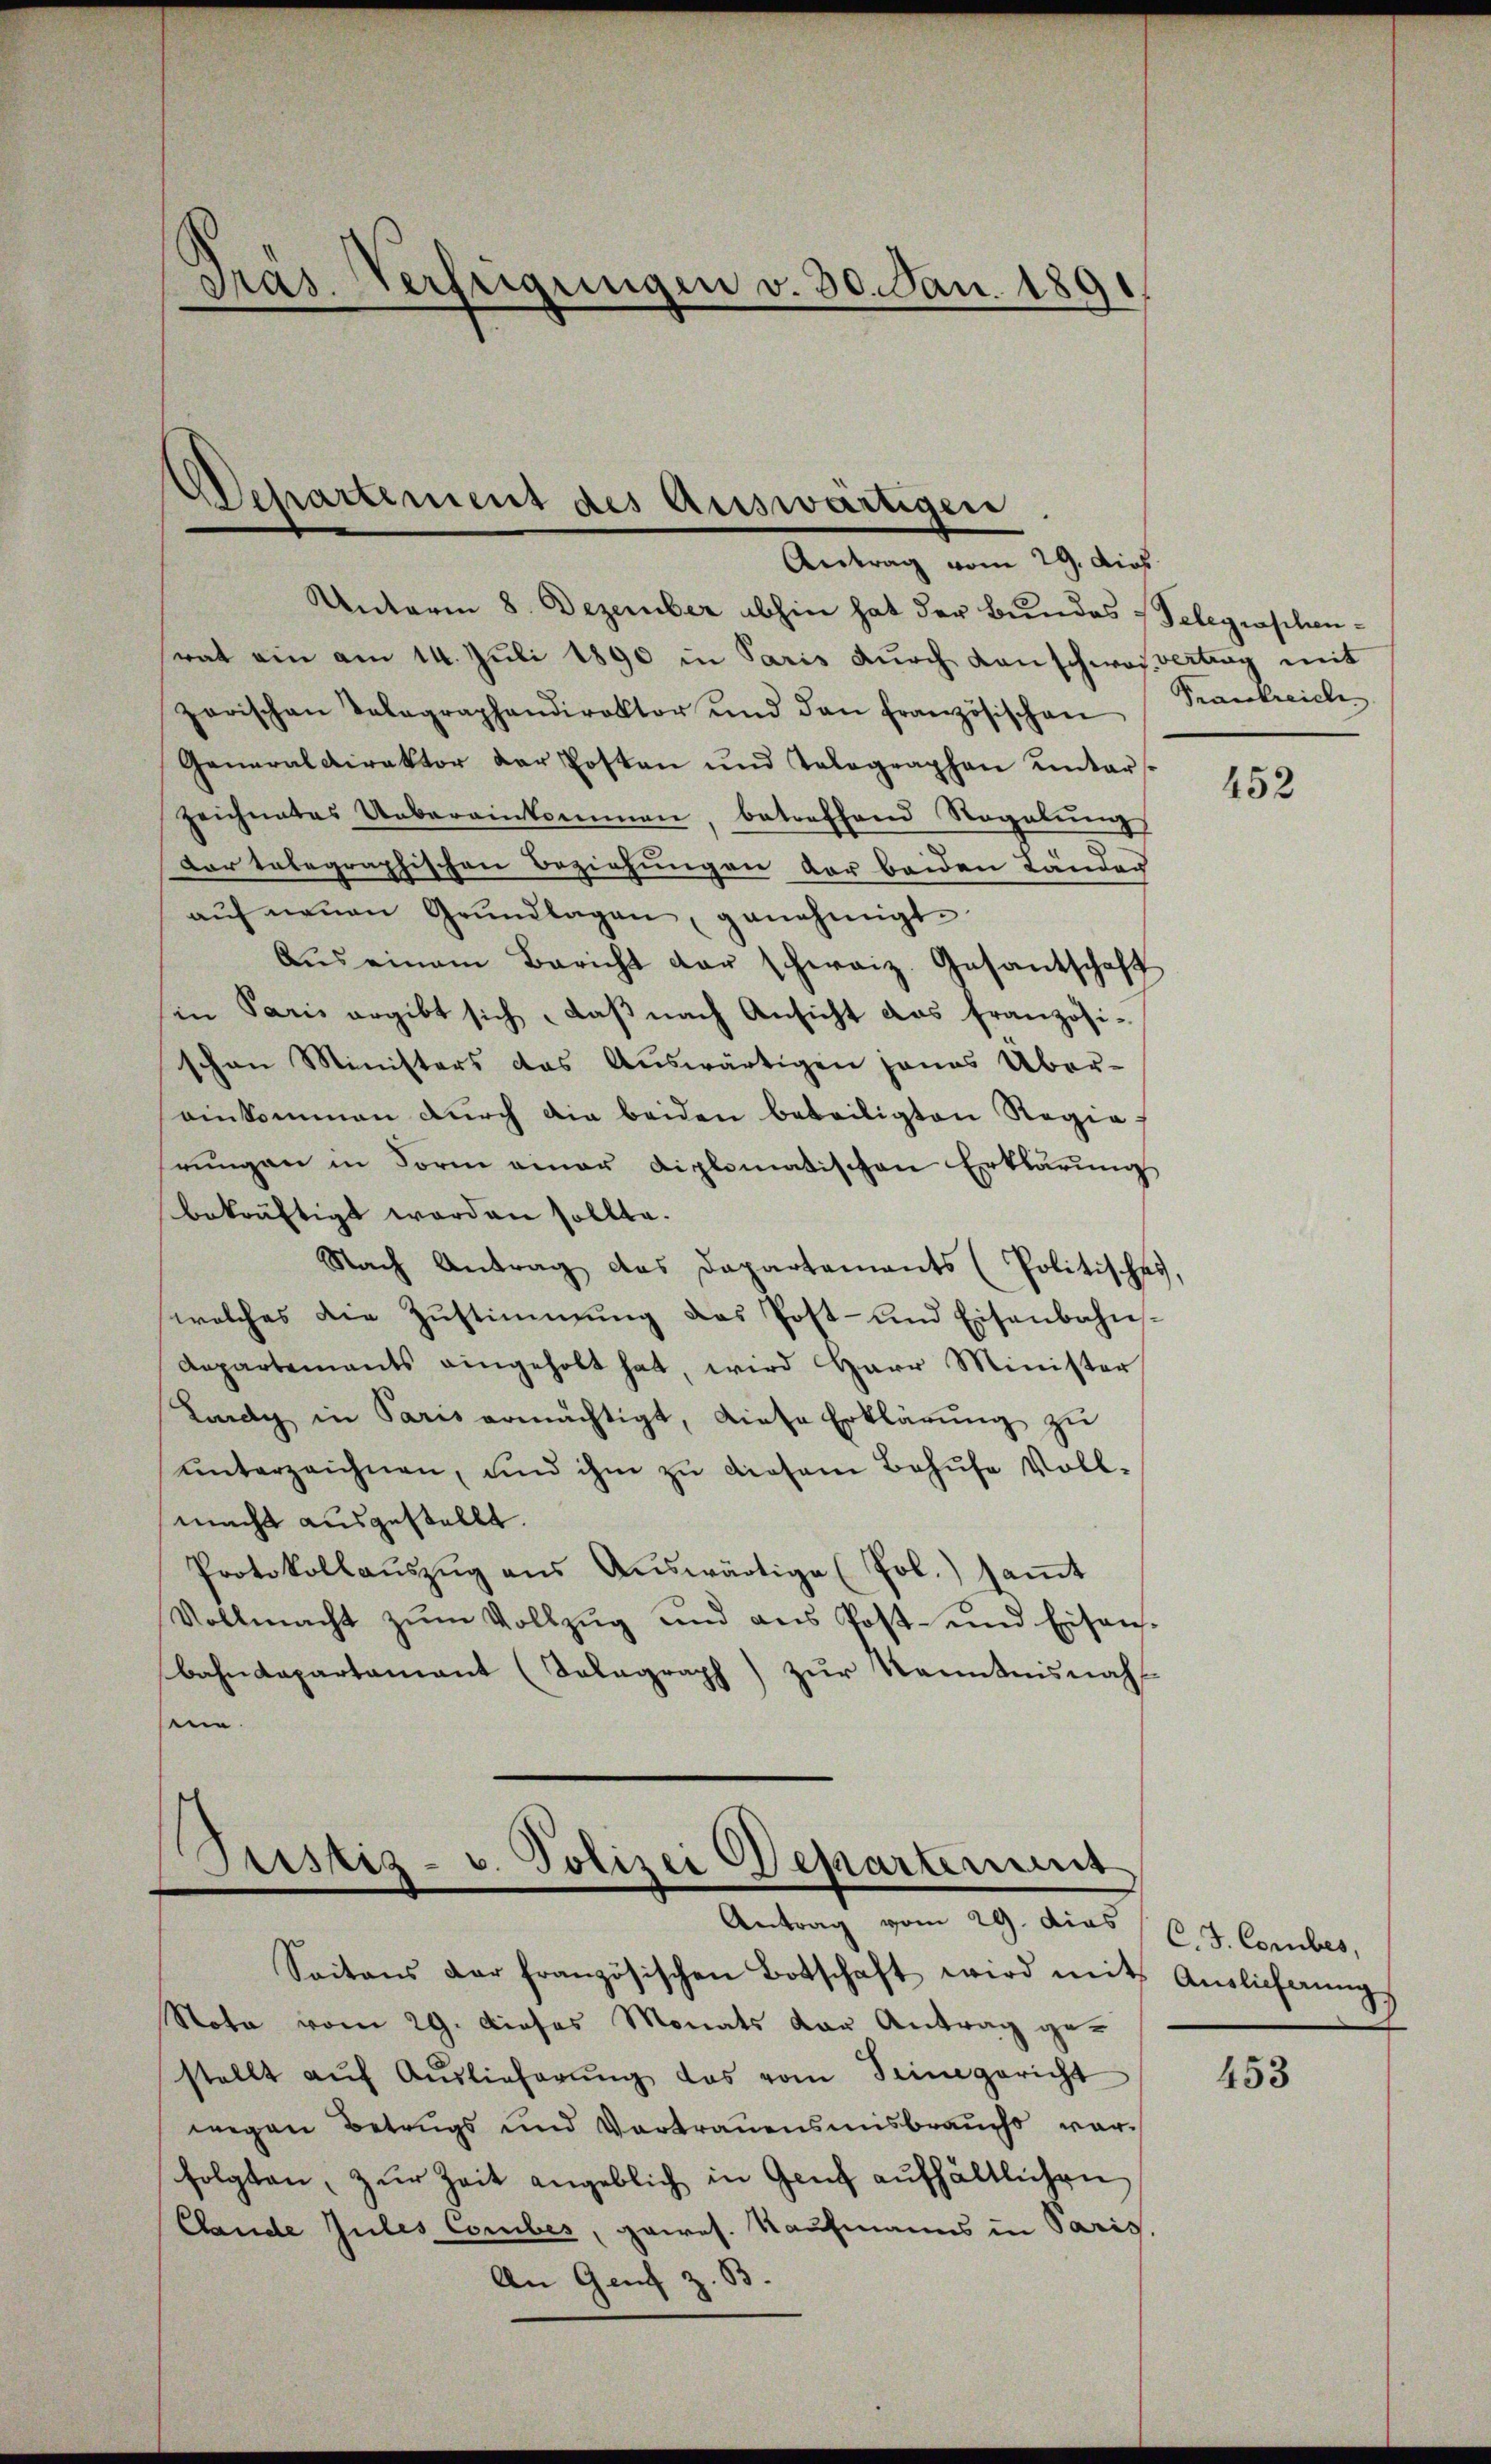
Tras. Verfeigungen v. 30. Jan. 1891

Departement des Auswärtigen
Antrag vom 29. dies

Unterm 8. Dezember abhin hat der Bundes Telegraphenrat ein am 14. Juli 1890 in Paris durch danschwofvertrag mit
zarischen Telegraphendirektor und den französischen
Generaldirektor der Posten und Telegraphen unter-
zeichnates Uebereinkommen, betreffend Regelŭngs
Dor telegraphischen Beziehungen der beiden Länder
aŭf neuen Grŭndlagen, genehmigt.
Aŭs einem Bericht der schweiz. Gesantschaft
in Paris ergibt sich, daß nach Ansicht das französischen Ministers das Auswärtigen jenes Über-
einkommen durch die beiden beteiligten Regie-
rŭngen in Form einer diplomatischen Erklärung
bekräftigt worden sollte.
Nach Antrag das Departements (Politisches
welches die Zŭstimmung das Post- und Eisenbahn-
Aepartements eingeholt hat, wird Herr Minister
Lardy in Paris ermächtigt, diese Erklärŭng zu
ŭnterzeichnen, und ihm zŭ diesem Behufe Voll-
macht ausgestellt.
Protokollaŭszŭg ans Aŭswärtige (Job.) saṁt
Vollmacht zŭm Vollzŭg und ans Post- und Eisen-
bahndepartamant (Salagraph) zur Kenntnisnah
e
Justiz- u. Polizei Departeme
Antrag vom 29. dies (C. J. Corbes,
Saitens der französischen Botschaft wird mit
Nota vom 29. dieses Monats der Antrag gestellt aŭf Aŭslieferŭng das vom Seine gericht
wegen Betrugs und Vortrauensmisbrauchs vorfolgten, zur Zeit angeblich in Genf aufhältlichen
Clande Jules Corbes, gaires. Kaufmanns in Paris,
An Genf z. B.

Frankreich

452

Auslieferung

453